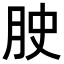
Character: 𭨮